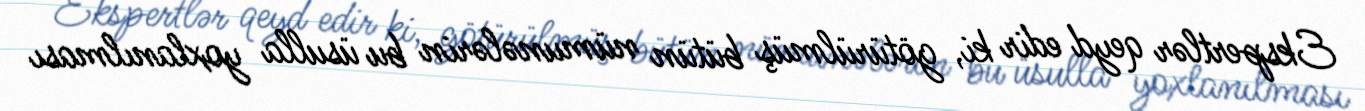
Ekspertlər qeyd edir ki, götürülmüş bütün nümunələrin bu üsulla yoxlanılması